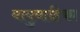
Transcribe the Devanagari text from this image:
वायुवाहिका